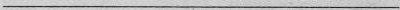
___